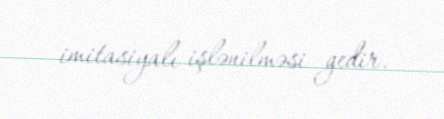
imitasiyalı işlənilməsi gedir.